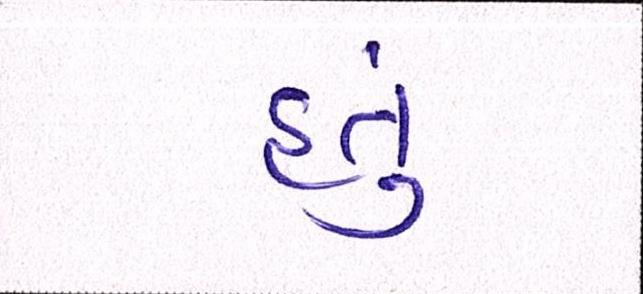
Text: હતું